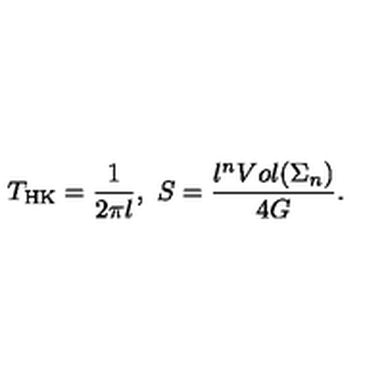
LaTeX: T _ { \mathrm { H K } } = \frac { 1 } { 2 \pi l } , \ S = \frac { l ^ { n } V o l ( \Sigma _ { n } ) } { 4 G } .